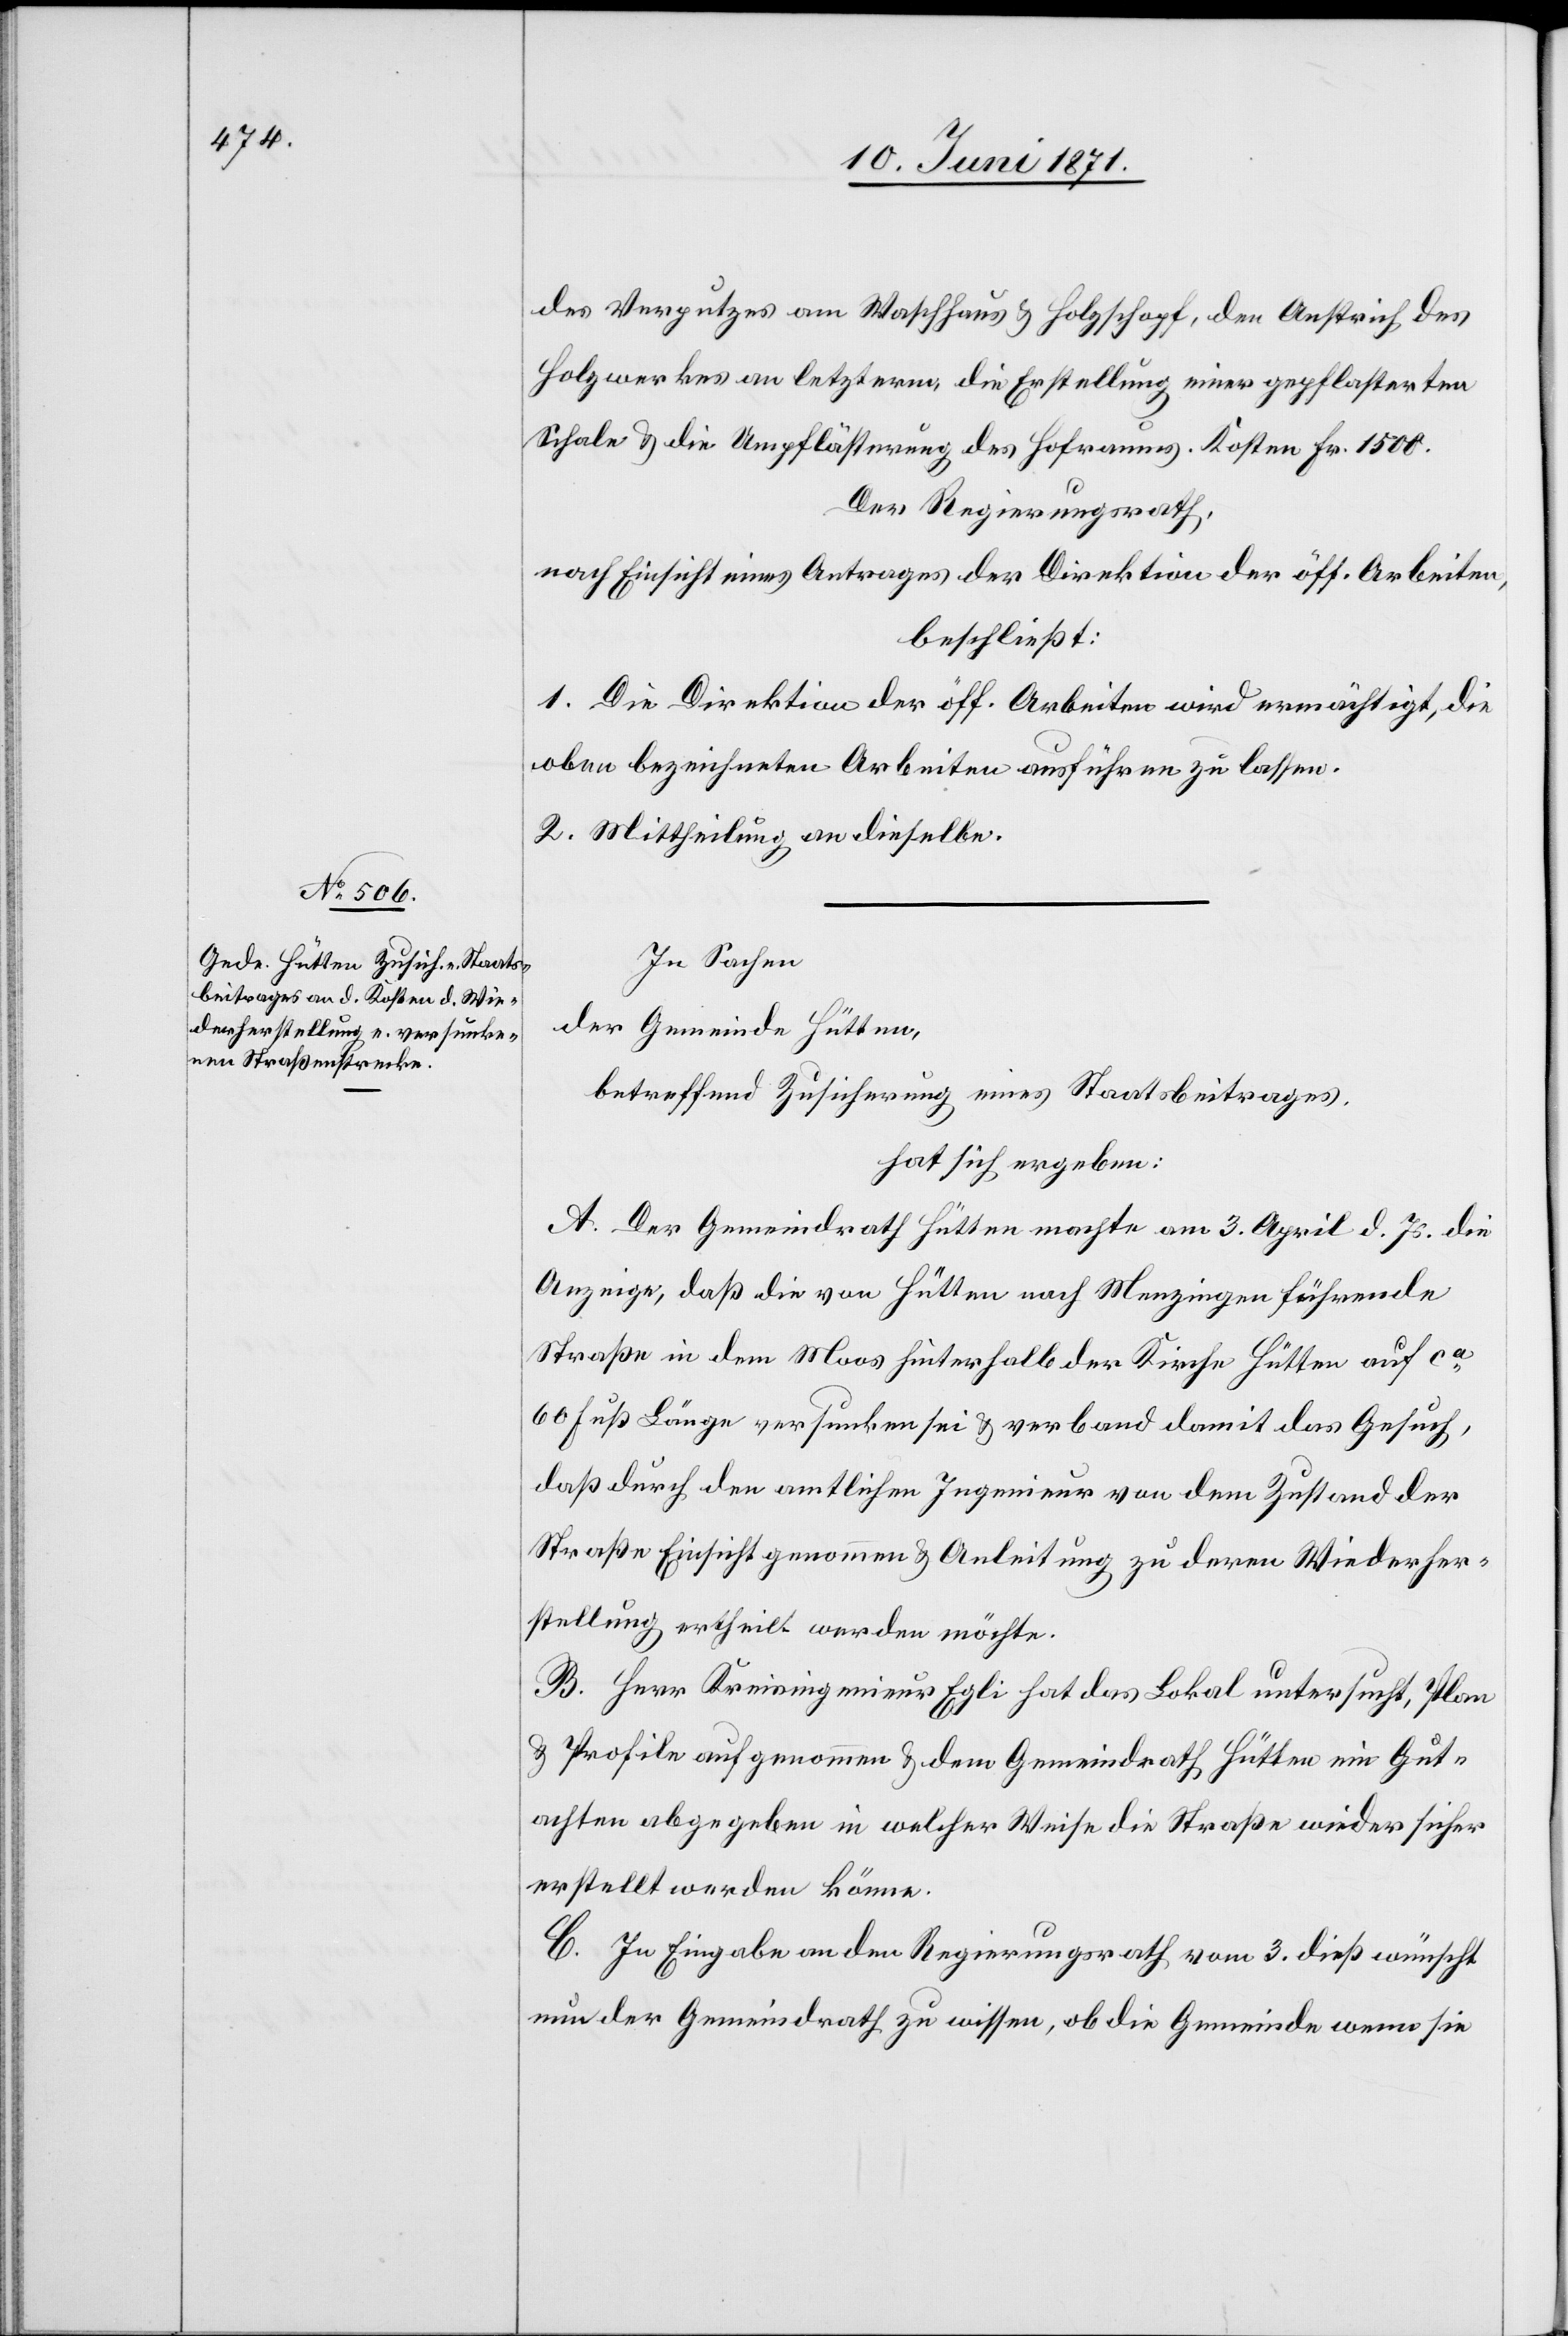
des Verputzes am Waschhaus u. Holzschopf, den Anstrich des
Holzwerkes an letzterm, die Erstellung einer gepflasterten
Schale u. die Umpflästerung des Hofraums. Kosten Fr. 1500.
Der Regierungsrath,
nach Einsicht eines Antrages der Direktion der öff. Arbeiten,
beschließt:
1. Die Direktion der öff. Arbeiten wird ermächtigt, die
oben bezeichneten Arbeiten ausführen zu lassen.
2. Mittheilung an dieselbe.
In Sachen
der Gemeinde Hütten,
betreffend Zusicherung eines Staatsbeitrages,
hat sich ergeben:
A. Der Gemeindrath Hütten machte am 3. April d. Js. die
Anzeige, daß die von Hütten nach Menzingen führende
Straße in dem Moos hinterhalb der Kirche Hütten auf ca.
60 Fuß Länge versunken sei u. verband damit das Gesuch,
daß durch den amtlichen Ingenieur von dem Zustand der
Straße Einsicht genommen u. Anleitung zu deren Wiederher¬
stellung ertheilt werden möchte.
B. Herr Kreisingenieur Egli hat das Lokal untersucht, Plan
u. Profile aufgenommen u. dem Gemeindrath Hütten ein Gut¬
achten abgegeben in welcher Weise die Straße wieder sicher
erstellt werden könne.
C. In Eingabe an den Regierungsrath vom 3. dieß wünscht
nun der Gemeindrath zu wissen, ob die Gemeinde wenn sie